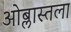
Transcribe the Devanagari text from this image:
ओब्लास्तला